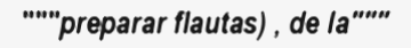
"""preparar flautas) , de la"""